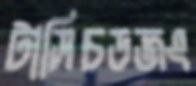
টাসিচডজং